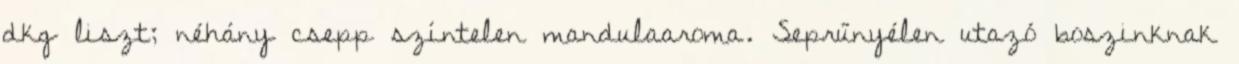
dkg liszt; néhány csepp színtelen mandulaaroma. Seprűnyélen utazó boszinknak